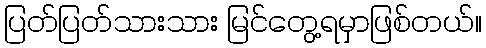
ပြတ်ပြတ်သားသား မြင်တွေ့ရမှာဖြစ်တယ်။